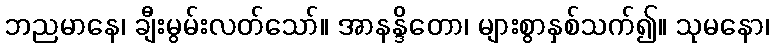
ဘညမာနေ၊ ချီးမွမ်းလတ်သော်။ အာနန္ဒိတော၊ များစွာနှစ်သက်၍။ သုမနော၊